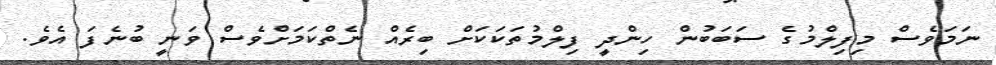
ނަމަވެސް މިފިލްމުގެ ސަބަބުން ހިންދީ ފިލްމުތަކަކަށް ބިރެއް ނެތްކަމަށްވެސް ވަނީ ބުނެފަ އެވެ.